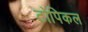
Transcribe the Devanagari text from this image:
टोपिकल